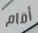
أقام